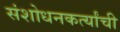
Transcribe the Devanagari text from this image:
संशोधनकर्त्यांची